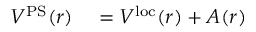
\begin{array} { r l } { V ^ { \mathrm { P S } } ( \boldsymbol { r } ) } & { { } = V ^ { \mathrm { l o c } } ( r ) + A ( r ) } \end{array}